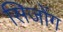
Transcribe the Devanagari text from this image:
सिजोंग